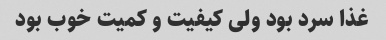
غذا سرد بود ولی کیفیت و کمیت خوب بود